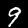
Digit: 9